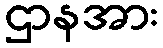
ဌာနအား